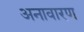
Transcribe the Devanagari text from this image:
अनावारण